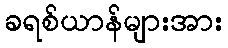
ခရစ်ယာန်များအား